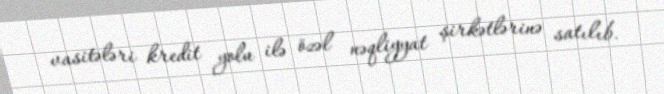
vasitələri kredit yolu ilə özəl nəqliyyat şirkətlərinə satılıb.